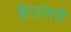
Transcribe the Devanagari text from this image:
हैं।उत्तरी